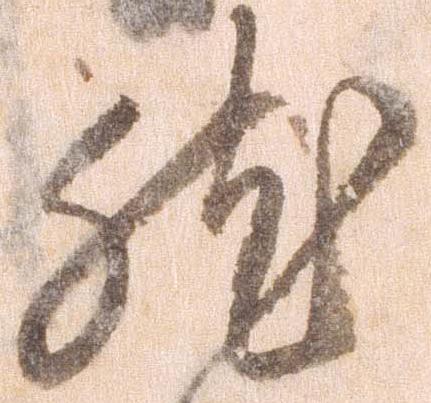
然